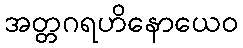
အတ္တဂရဟိနောယေဝ